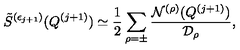
\displaystyle { \raisebox { 1 . 1 e x } { \scriptsize { \diamond } } } \mathrm { } \tilde { S } ^ { ( \epsilon _ { j + 1 } ) } ( Q ^ { ( j + 1 ) } ) \simeq \frac { 1 } { 2 } \sum _ { \rho = \pm } \frac { { \cal N } ^ { ( \rho ) } ( Q ^ { ( j + 1 ) } ) } { { \cal D } _ { \rho } } ,